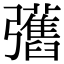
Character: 𢑇